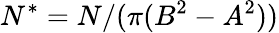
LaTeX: N^{*}=N/(\pi(B^{2}-A^{2}))